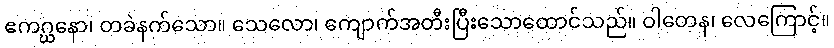
ဧကဂ္ဃနော၊ တခဲနက်သော။ သေလော၊ ကျောက်အတီးပြီးသောထောင်သည်။ ဝါတေန၊ လေကြောင့်။